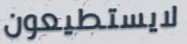
لايستطيعون